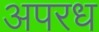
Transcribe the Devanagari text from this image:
अपरध